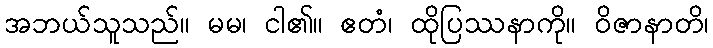
အဘယ်သူသည်။ မမ၊ ငါ၏။ ဧတံ၊ ထိုပြဿနာကို။ ဝိဇာနာတိ၊